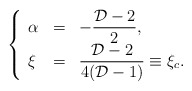
\begin{align*}\left\{\begin{array}{lll}\alpha & = & \displaystyle-{\frac{{\cal D}-2}{2}}, \\\xi & = & \displaystyle{\frac{{\cal D}-2}{4({\cal D}-1)}}\equiv\xi _{c}.\end{array}\right. \end{align*}